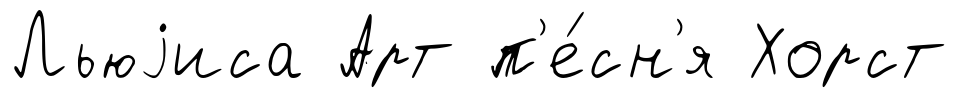
Льюjиса Арт п'е́сн'я Хорст